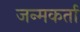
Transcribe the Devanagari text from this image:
जन्मकर्ता